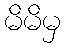
မိမိမှ